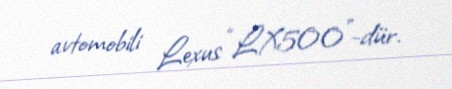
avtomobili Lexus “LX500”-dür.